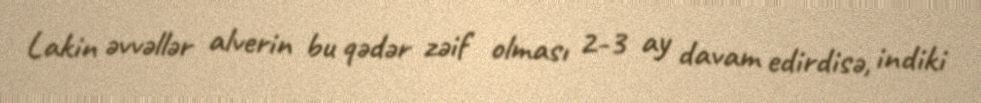
Lakin əvvəllər alverin bu qədər zəif olması 2-3 ay davam edirdisə, indiki